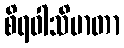
စိရဝါသိမာတာ